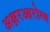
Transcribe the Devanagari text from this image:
अक्षरआरोग्य